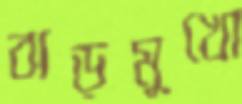
ঝড়মুখো